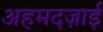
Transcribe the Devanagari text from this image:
अहमदज़ाई